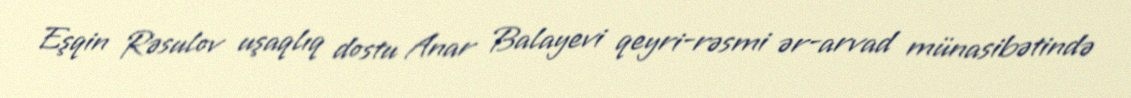
Eşqin Rəsulov uşaqlıq dostu Anar Balayevi qeyri-rəsmi ər-arvad münasibətində